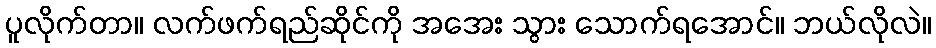
ပူလိုက်တာ။ လက်ဖက်ရည်ဆိုင်ကို အအေး သွား သောက်ရအောင်။ ဘယ်လိုလဲ။